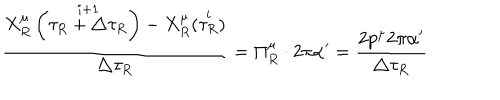
\frac { X _ { R } ^ { \mu } \left( \stackrel { i + 1 } { \tau _ { R } + \triangle \tau _ { R } } \right) - X _ { R } ^ { \mu } ( \stackrel { i } { \tau _ { R } } ) } { \triangle \tau _ { R } } = \Pi _ { R } ^ { \mu } \cdot 2 \pi \alpha ^ { \prime } = \frac { 2 p ^ { \mu } 2 \pi \alpha ^ { \prime } } { \triangle \tau _ { R } }